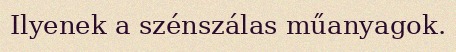
Ilyenek a szénszálas műanyagok.